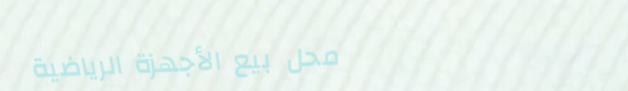
محل بيع الأجهزة الرياضية